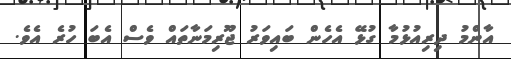
އާންމު ދިރިއުޅުމާ ގުޅޭ އެހެން ބައިވަރު ޖޫރިމަނާތައް ވެސް އެބަ ހުރެ އެވެ.